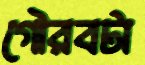
গৌরবটা